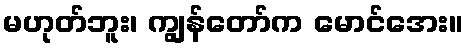
မဟုတ်ဘူး၊ ကျွန်တော်က မောင်အေး။